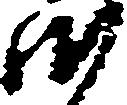
御